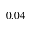
0 . 0 4